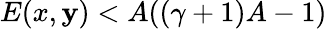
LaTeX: E(x,\mathbf{y})<A((\gamma+1)A-1)